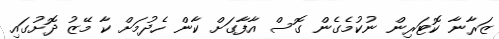
ޒަރާނާ ކޮޓަރިން ނުކުމެގެން ގޮސް އާފާގަށް ކާން ހެދުމަށް ކާ މޭޒު ދޮށުގައި